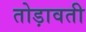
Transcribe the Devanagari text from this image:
तोड़ावती